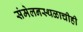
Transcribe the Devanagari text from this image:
संमेलनस्थळाचीही